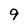
Character: 9